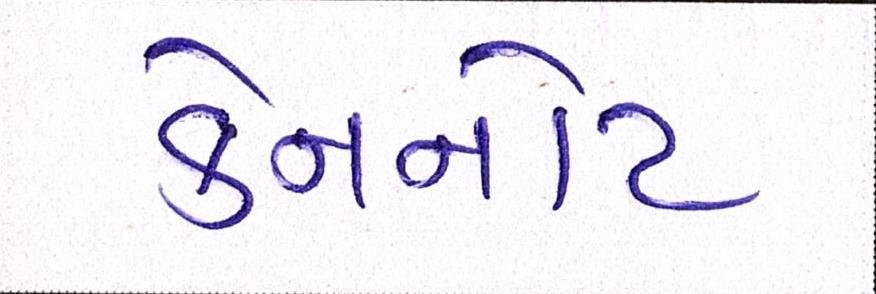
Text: કેનનોટ